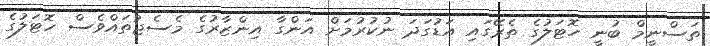
ތަސްނީމް ބުނީ ހޮޓަލުގެ ތެރޭގައި އަޑުގަދަ ނުކުރުމަށް އަންގާ އިންޒާރުގެ މެސެޖުތައްވެސް ހޮޓަލުގެ